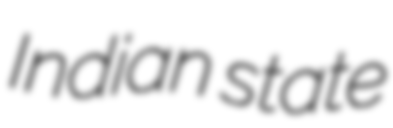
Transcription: Indian state